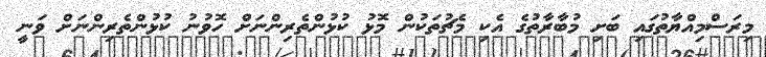
މިރަސްމިއްޔާތުގައި ބަށި މުބާރާތުގެ އެކި މެޗުތަކުން މޮޅު ކުޅުންތެރިންނަށް ހޮވުނު ކުޅުންތެރިންނަށް ވަނީ